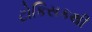
ટોકિસકથી